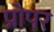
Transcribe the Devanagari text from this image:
प्रोपर